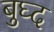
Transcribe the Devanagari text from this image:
बुघ्‍द